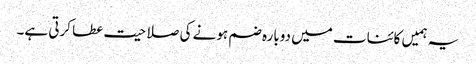
یہ ہمیں کائنات میں دوبارہ ضم ہونے کی صلاحیت عطا کرتی ہے۔